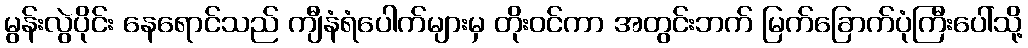
မွန်းလွဲပိုင်း နေရောင်သည် ကျီနံရံပေါက်များမှ တိုးဝင်ကာ အတွင်းဘက် မြက်ခြောက်ပုံကြီးပေါ်သို့